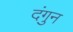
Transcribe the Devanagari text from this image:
दंगुन